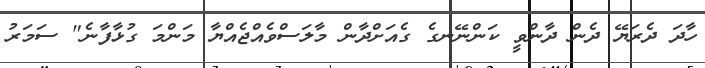
ހާދަ ދެރަޔޭ ދެން ދާންވީ ކަންނޭނގެ ގެއަށްދާން މާލަސްވެއްޖެއްޔާ މަންމަ ގުޅާފާނެ" ސަމަރު